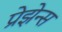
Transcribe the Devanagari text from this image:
प्रेझेन्स